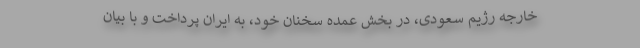
خارجه رژیم سعودی، در بخش عمده سخنان خود، به ایران پرداخت و با بیان